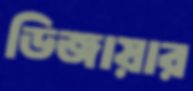
ডিজায়ার